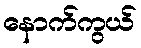
နောက်ကွယ်